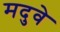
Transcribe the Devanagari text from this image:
मदुवे